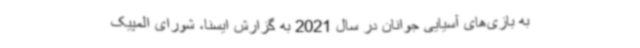
به بازی‌های آسیایی جوانان در سال 2021 به گزارش ایسنا، شورای المپیک